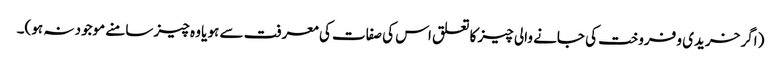
(اگر خریدی و فروخت کی جانے والی چیز کا تعلق اس کی صفات کی معرفت سے ہو یا وہ چیز سامنے موجود نہ ہو)۔